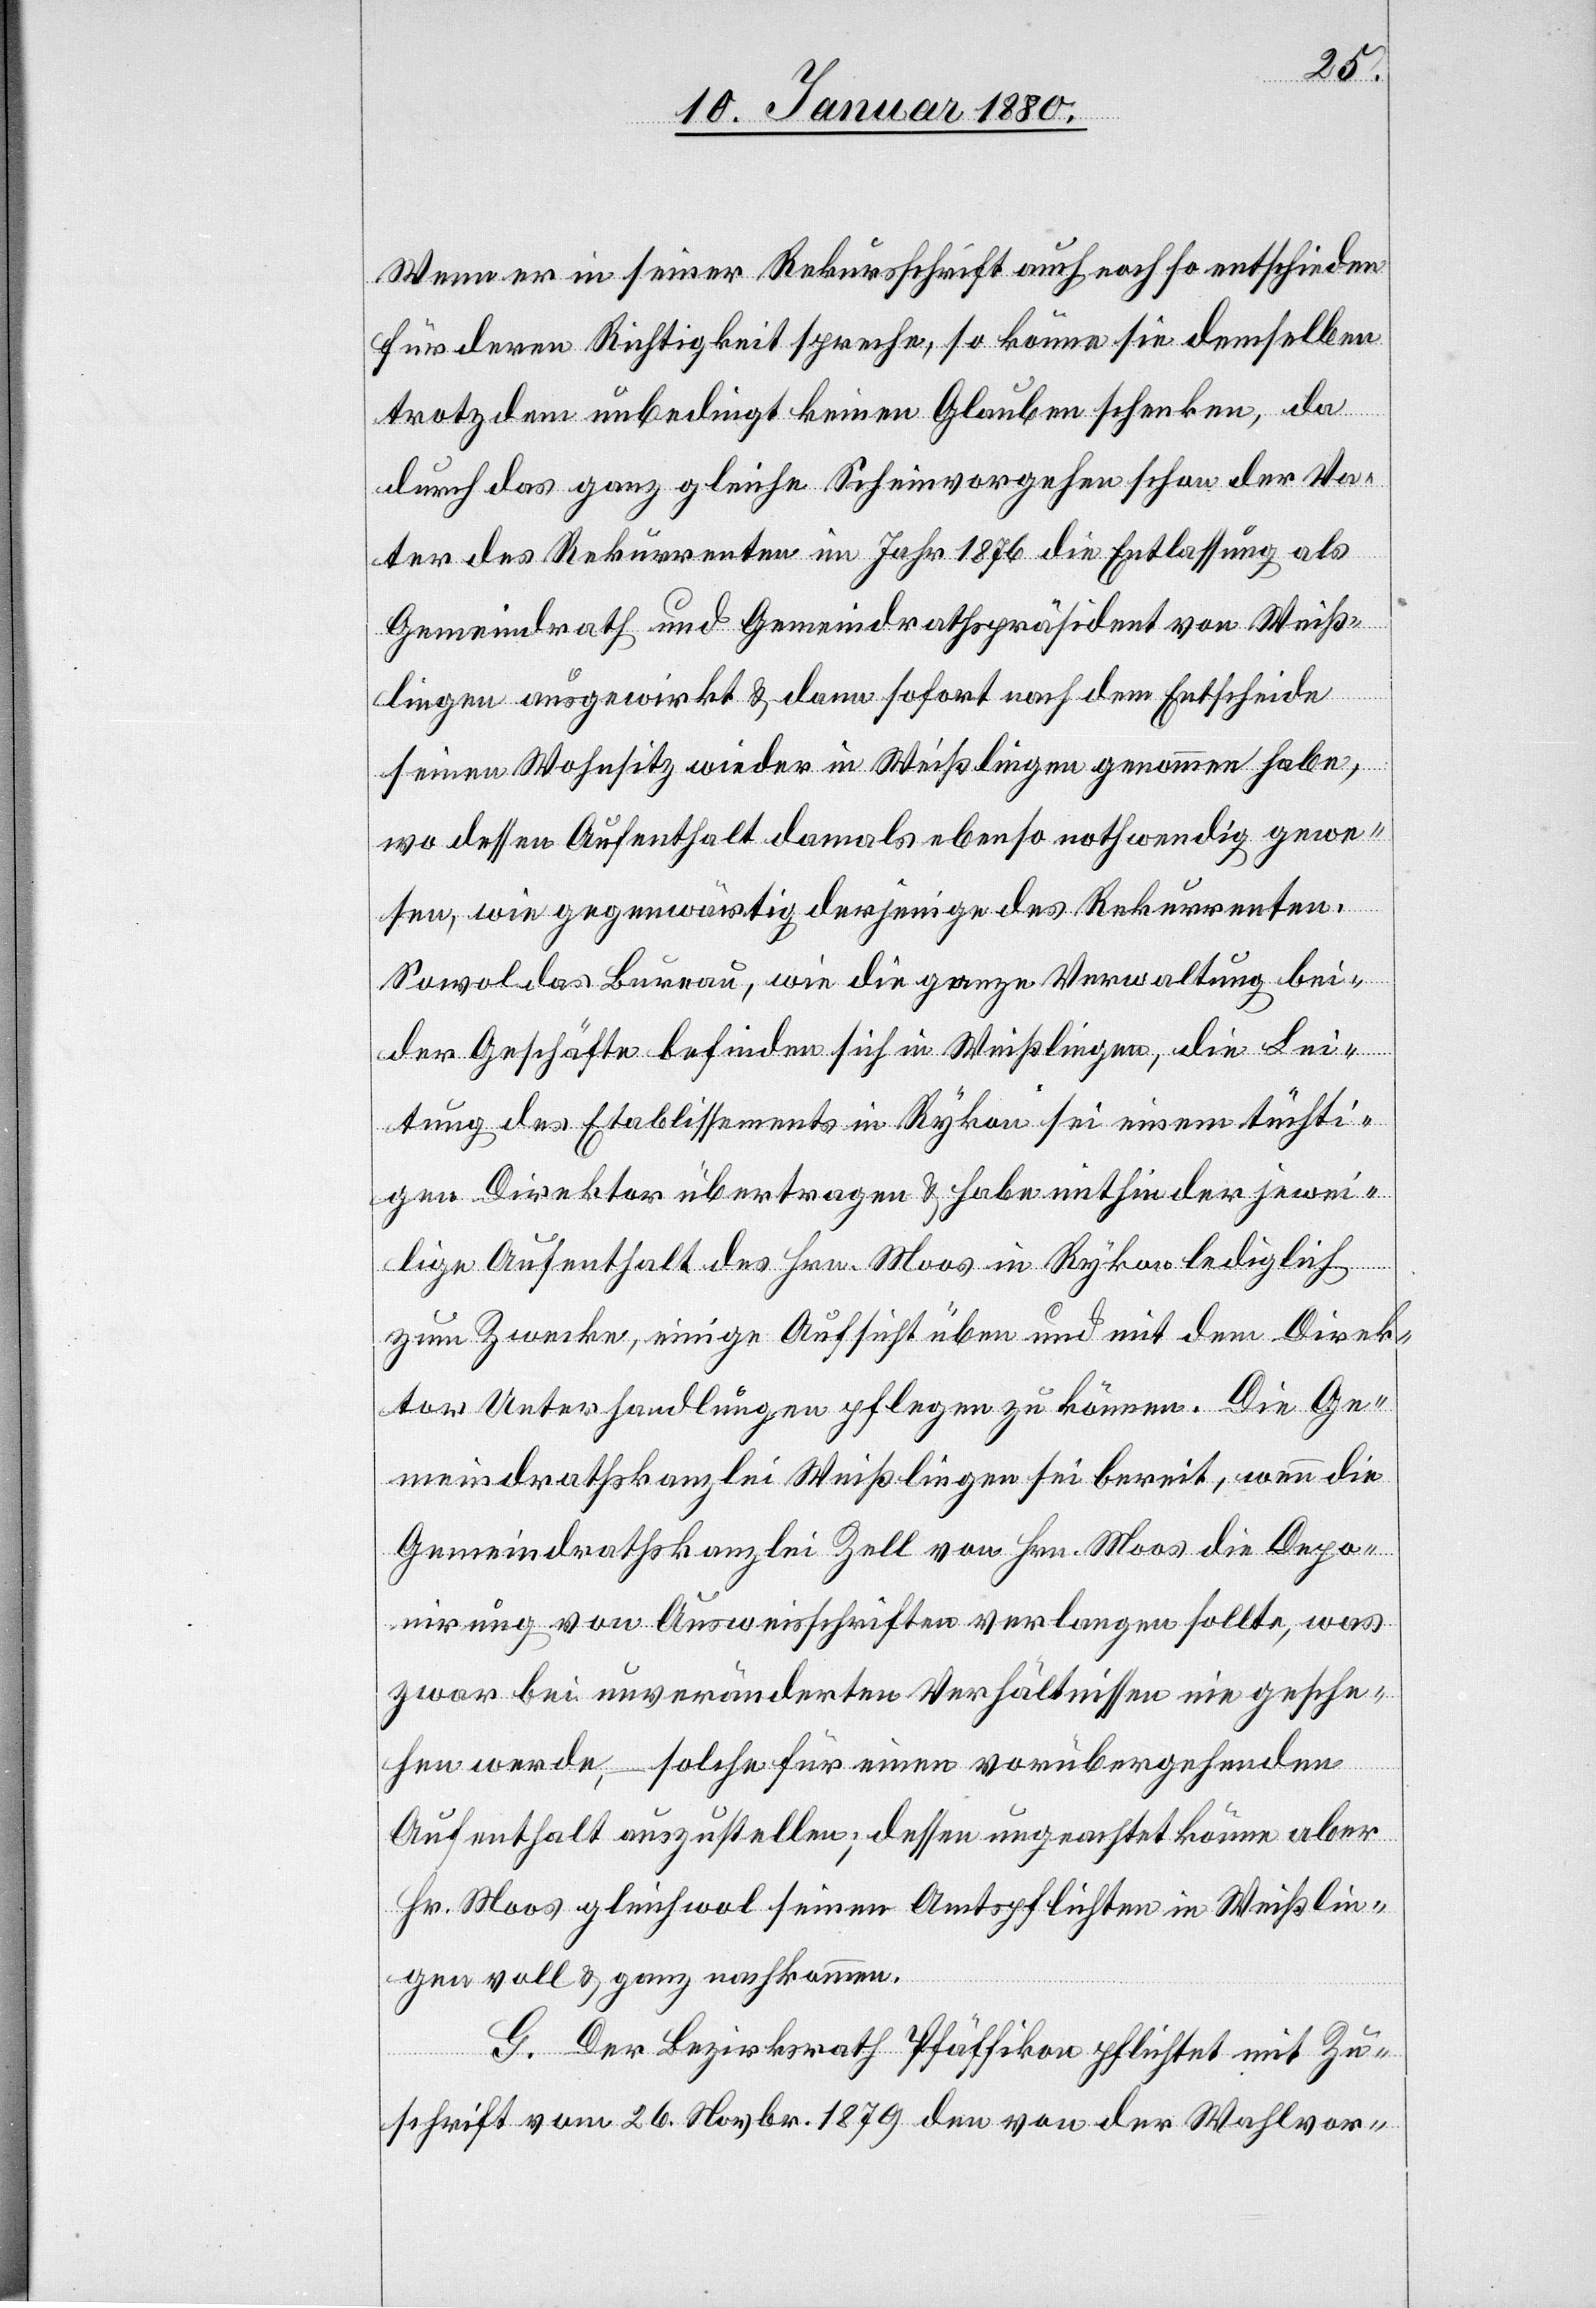
Wenn er in seiner Rekursschrift auch noch so entschieden
für deren Richtigkeit spreche, so könne sie demselben
trotzdem unbedingt keinen Glauben schenken, da
durch das ganz gleiche Scheinvorgehen schon der Va¬
ter des Rekurrenten im Jahr 1876 die Entlassung als
Gemeindrath und Gemeindrathspräsident von Weiß¬
lingen ausgwirkt & dann sofort nach dem Entscheide
seinen Wohnsitz wieder in Weißlingen genommen habe,
wo dessen Aufenthalt damals ebenso nothwendig gewe¬
sen, wie gegenwärtig derjenige des Rekurrenten.
Sowol das Bureau, wie die ganze Verwaltung bei¬
der Geschäfte befinden sich in Weißlingen, die Lei¬
tung des Etablissements in Rykon sei einem tüchti¬
gen Direktor übertragen & habe mithin der jewei¬
lige Aufenthalt des Hrn. Moos in Rykon lediglich
zum Zwecke, einige Aufsicht üben und mit dem Direk¬
tor Unterhandlungen pflegen zu können. Die Ge¬
meindrathskanzlei Weißlingen sei bereit, wenn die
Gemeindrathskanzlei Zell von Hrn. Moos die Depo¬
nirung von Ausweisschriften verlangen sollte, was
zwar bei unveränderten Verhältnissen nie gesche¬
hen werde, – solche für einen vorübergehenden
Aufenthalt auszustellen; dessen ungeachtet könne aber
Hr. Moos gleichwol seinen Amtspflichten in Weißlin¬
gen voll & ganz nachkommen.
G. Der Bezirksrath Pfäffikon pflichtet mit Zu¬
schrift vom 26. Novbr. 1879 den von der Wahlvor-